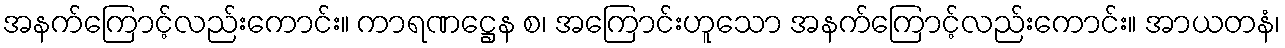
အနက်ကြောင့်လည်းကောင်း။ ကာရဏဋ္ဌေန စ၊ အကြောင်းဟူသော အနက်ကြောင့်လည်းကောင်း။ အာယတနံ၊